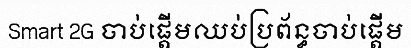
Smart 2G ចាប់ផ្តើមឈប់ប្រព័ន្ធចាប់ផ្តើម